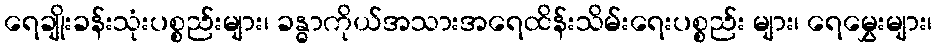
ရေချိုးခန်းသုံးပစ္စည်းများ၊ ခန္ဓာကိုယ်အသားအရေထိန်းသိမ်းရေးပစ္စည်း များ၊ ရေမွှေးများ၊